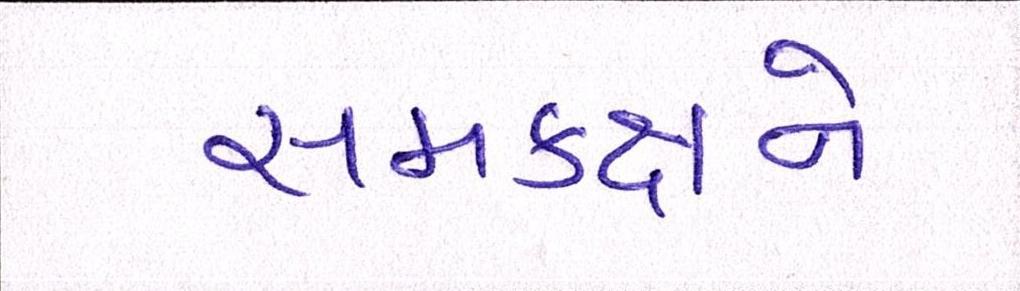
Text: સમકક્ષને